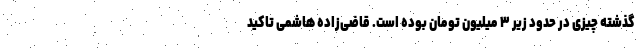
گذشته چیزی در حدود زیر ۳ میلیون تومان بوده است. قاضی‌زاده هاشمی تاکید